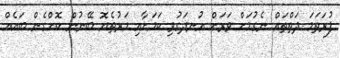
ފުރަތަމަ ދަތްތައް ނެގުމަށް ވަރަށް އުނދަގުވި ކަމަށާއި މަރުތެޔޮ ބޭނުން ކޮށްގެން ބައެއް